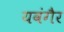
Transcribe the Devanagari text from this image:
यवंगैर